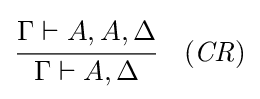
{\cfrac {\Gamma \vdash A,A,\Delta }{\Gamma \vdash A,\Delta }}\quad ({\mathit {CR}})